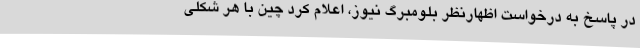
در پاسخ به درخواست اظهارنظر بلومبرگ نیوز، اعلام کرد چین با هر شکلی